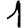
Digit: 1